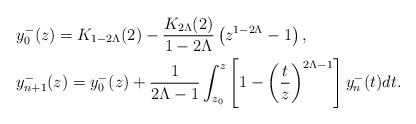
LaTeX: \begin{align*}& y^-_0(z)=K_{1-2\Lambda}(2)-\frac{K_{2\Lambda}(2)}{1-2\Lambda}\left(z^{1-2\Lambda}-1\right),\\&y^-_{n+1}(z)=y^-_0(z)+{1\over 2\Lambda-1}\int_{z_0}^z\left[1-\left({t\over z}\right)^{2\Lambda-1}\right]y^-_n(t)dt.\end{align*}